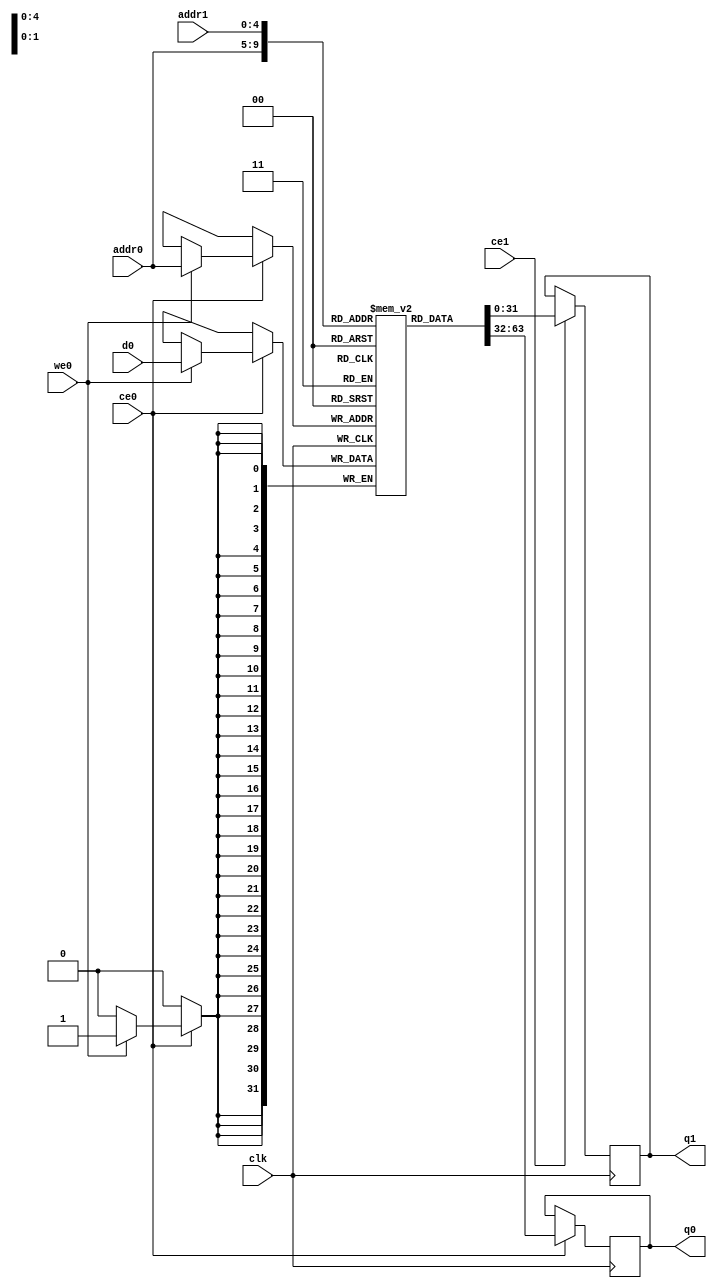

`timescale 1 ns / 1 ps
module execute_upwards_new_bro_node_mix_array_2_ram (addr0, ce0, d0, we0, q0, addr1, ce1, q1,  clk);

parameter DWIDTH = 32;
parameter AWIDTH = 5;
parameter MEM_SIZE = 32;

input[AWIDTH-1:0] addr0;
input ce0;
input[DWIDTH-1:0] d0;
input we0;
output reg[DWIDTH-1:0] q0;
input[AWIDTH-1:0] addr1;
input ce1;
output reg[DWIDTH-1:0] q1;
input clk;

(* ram_style = "block" *)reg [DWIDTH-1:0] ram[0:MEM_SIZE-1];




always @(posedge clk)  
begin 
    if (ce0) begin
        if (we0) 
            ram[addr0] <= d0; 
        q0 <= ram[addr0];
    end
end


always @(posedge clk)  
begin 
    if (ce1) begin
        q1 <= ram[addr1];
    end
end


endmodule

`timescale 1 ns / 1 ps
module execute_upwards_new_bro_node_mix_array_2(
    reset,
    clk,
    address0,
    ce0,
    we0,
    d0,
    q0,
    address1,
    ce1,
    q1);

parameter DataWidth = 32'd32;
parameter AddressRange = 32'd32;
parameter AddressWidth = 32'd5;
input reset;
input clk;
input[AddressWidth - 1:0] address0;
input ce0;
input we0;
input[DataWidth - 1:0] d0;
output[DataWidth - 1:0] q0;
input[AddressWidth - 1:0] address1;
input ce1;
output[DataWidth - 1:0] q1;



execute_upwards_new_bro_node_mix_array_2_ram execute_upwards_new_bro_node_mix_array_2_ram_U(
    .clk( clk ),
    .addr0( address0 ),
    .ce0( ce0 ),
    .we0( we0 ),
    .d0( d0 ),
    .q0( q0 ),
    .addr1( address1 ),
    .ce1( ce1 ),
    .q1( q1 ));

endmodule